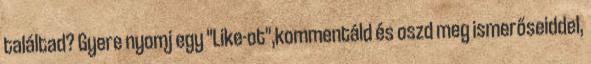
találtad? Gyere nyomj egy "Like-ot",kommentáld és oszd meg ismerőseiddel,